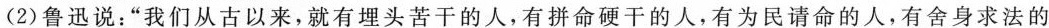
(2) 鲁迅说:“我们从古以来,就有埋头苦干的人,有拼命硬干的人,有为民请命的人,有舍身求法的